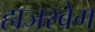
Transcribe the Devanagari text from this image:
हाजरबेग